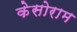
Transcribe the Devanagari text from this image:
केसोराम